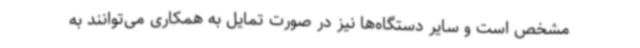
مشخص است و سایر دستگاه‌ها نیز در صورت تمایل به همکاری می‌توانند به